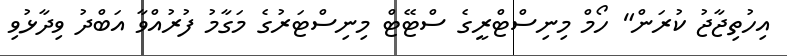
އިހުތިޖާޖު ކުރަން" ހޯމް މިނިސްޓްރީގެ ސްޓޭޓް މިނިސްޓަރުގެ މަގާމު ފުރުއްވާ އަބްދު ވިދާޅުވި